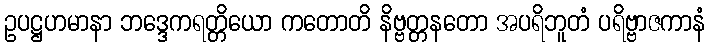
ဥပဋ္ဌဟမာနာ ဘဒ္ဒေကရတ္တိယော ကတောတိ နိဗ္ဗတ္တနတော အပရိဘူတံ ပရိဗ္ဗာဇကာနံ